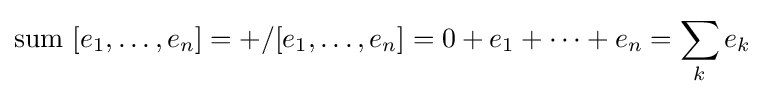
{\rm {sum}}\ [e_{1},\dots ,e_{n}]=+/[e_{1},\dots ,e_{n}]=0+e_{1}+\dots +e_{n}=\sum _{k}e_{k}